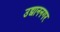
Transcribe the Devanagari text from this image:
उद्याननगर